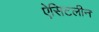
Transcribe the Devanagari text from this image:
ऐसिटलीन